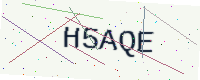
Text: H5AQE